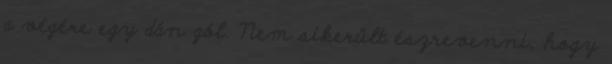
a végére egy dán gól. Nem sikerült észrevenni, hogy